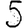
Digit: 5